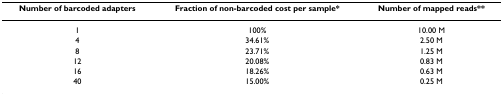
| Number of barcoded adapters | Fraction of non-barcoded cost per sample* | Number of mapped reads** |
 | --- | --- | --- |
 | 1 | 100% | 10.00 M |
 | 4 | 34.61% | 2.50 M |
 | 8 | 23.71% | 1.25 M |
 | 12 | 20.08% | 0.83 M |
 | 16 | 18.26% | 0.63 M |
 | 40 | 15.00% | 0.25 M |